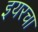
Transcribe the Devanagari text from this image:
इयरचा